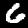
Digit: 6